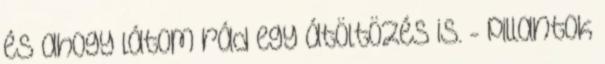
és ahogy látom rád egy átöltözés is. - pillantok